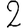
Digit: 2